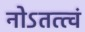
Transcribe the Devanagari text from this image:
नोऽतत्त्वं